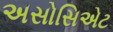
અસોસિએટ